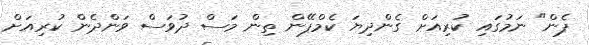
ޕެން" ނަމުގައި ކުރިއަށް ގެންދިޔަ ކެމްޕޭން ތިން މަސް ދުވަސް ވަންދެން ކުރިއަށް